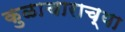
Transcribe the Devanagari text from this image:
कुळाचाराच्या